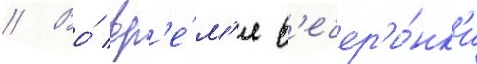
// Во́ вр'е́м'я в'ечер'и́нк'и